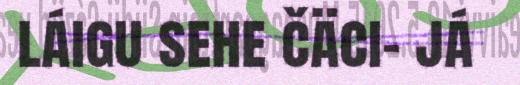
láigu sehe čäci- já